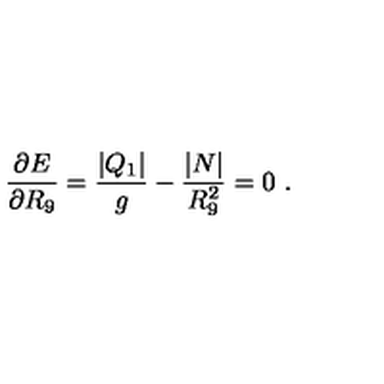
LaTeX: { \frac { \partial E } { \partial R _ { 9 } } } = { \frac { | Q _ { 1 } | } { g } } - { \frac { | N | } { R _ { 9 } ^ { 2 } } } = 0 \ .